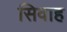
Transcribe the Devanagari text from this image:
सिवाह